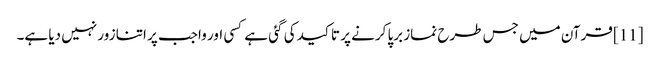
[11] قرآن میں جس طرح نماز برپا کرنے پر تاکید کی گئی ہے کسی اور واجب پر اتنا زور نہیں دیا ہے۔